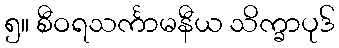
၅။ စီဝရသင်္ကာမနီယ သိက္ခာပုဒ်